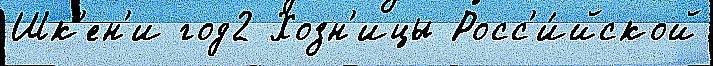
Шк'ен'и год2 Хозн'ицы Росс'и́йской